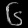
Digit: ၆